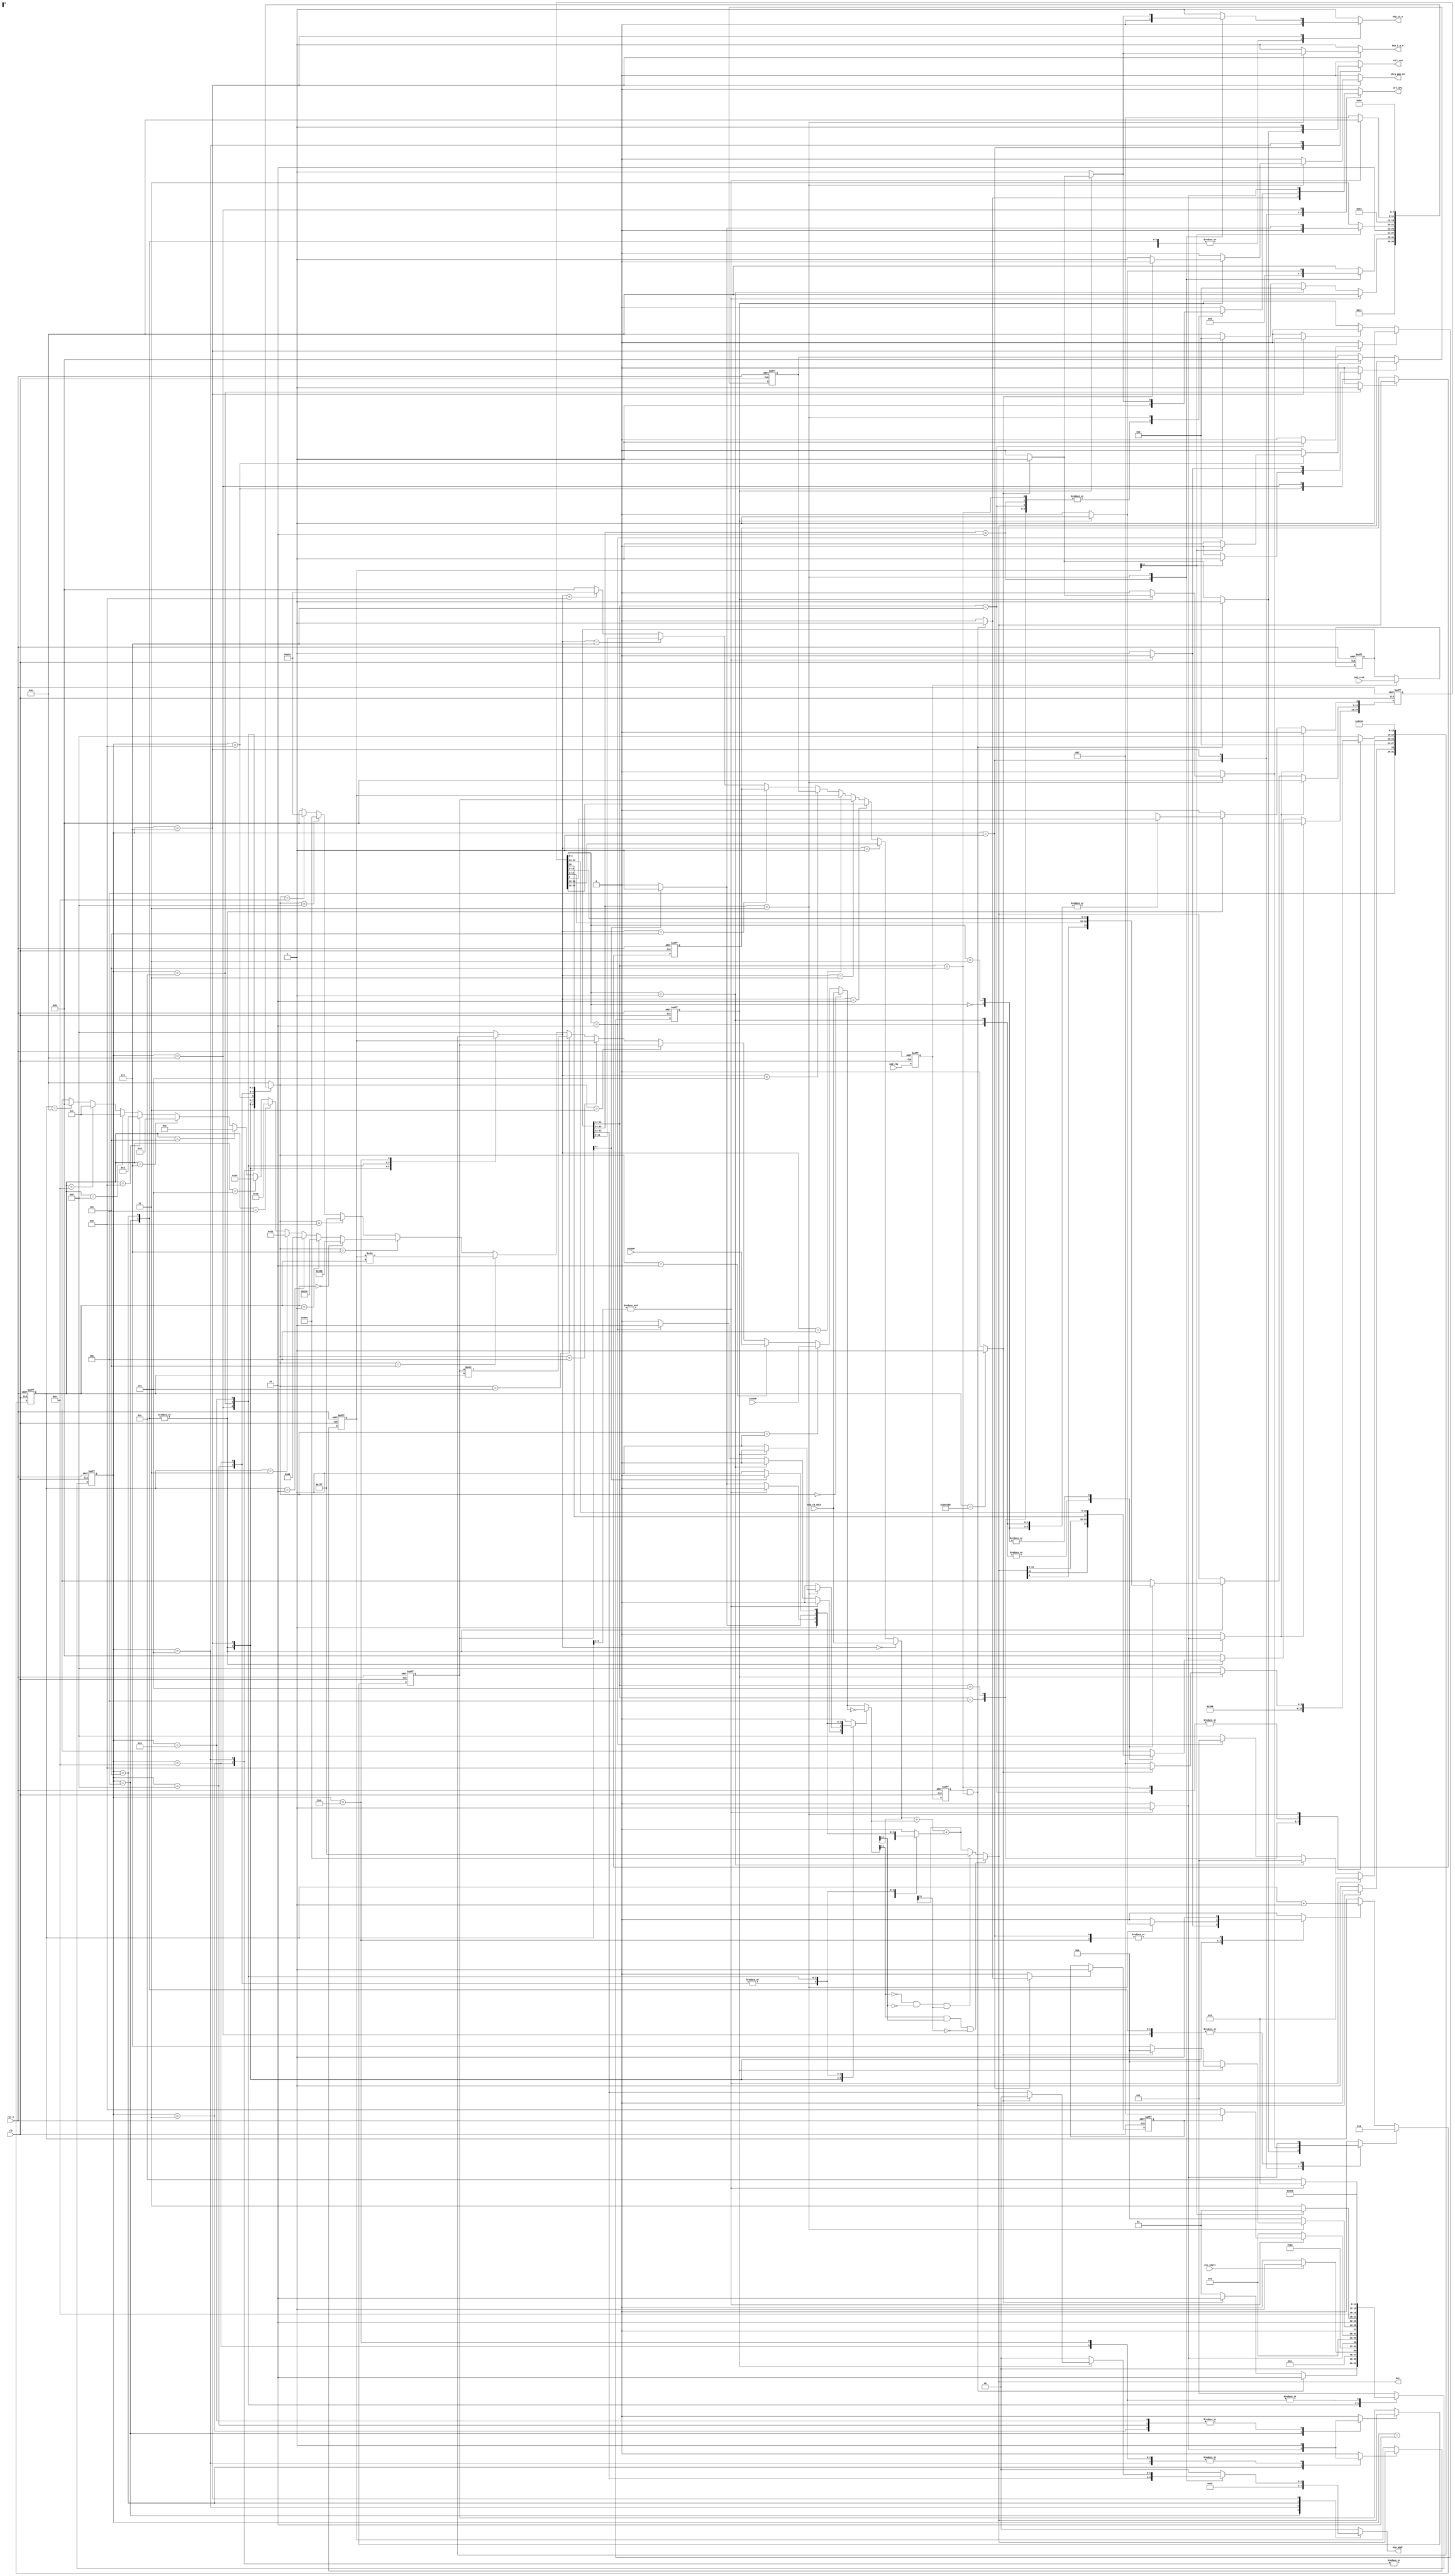
`timescale 1ns/100ps;
module dig_core(clk,rst_n,cmd_rdy,cmd_rcvd,cnv_cmplt,sinSAR,cosSAR,eep_rd_data,wrt_SPI,eep_addr,eep_cs_n,eep_r_w_n,chrg_pmp_en,strt_cnv,dst);
  
  input clk,rst_n;
  input cmd_rdy;                                     //Input from SPI to say whether command is given or not
  input [15:0] cmd_rcvd;                            // 16 bit command from SPI which is to be encoded
  input cnv_cmplt;                                 // Input from A2D digital, indication that A2D conversion is over, start correction math
  input [11:0] sinSAR,cosSAR;                     // A2D converted values from A2D digital block
  input [11:0] eep_rd_data;                      // EEPROM read data 
  
  output wrt_SPI;                              // Write Assert signal to SPI Module to write data to SPI register
  output [1:0] eep_addr;                      // EEPROM address to read and write data on address specified
  output eep_cs_n,eep_r_w_n,chrg_pmp_en;     // EEPROM chip select signal(active low),R/W signal(active low) and charge pump enable(active for 3ms)
  output strt_cnv;                          // Output to A2D block to start A2D conversion  
  output [11:0] dst;                       // 12 bit output from digital core
  
  reg [20:0] count;                                               // 21 bit counter to wait for 3ms
  wire tm_eq_3ms;                                                // signal to indicate counter hs counted 3ms
  reg clr_cnt,cnt_en;                                           // Synchronous clear signal for wait Counter    
  reg [24:0] Prod;                                             // 25 bit product register
  reg signed[11:0] sinCorr,cosCorr;                           // Corrected SIN and COS value registers 
  reg [11:0] AngleA, temp;                                   // Angle accumulator and temp registers
  reg eep_cs_n,eep_r_w_n,chrg_pmp_en;                       // EEPROM signals for read and write    
  reg [1:0] eep_addr;                                      // 2 bit EEPROM address to be read or written
  reg ld_anglea,clr_anglea ;                              // Load and clear signal for AngleA register   
  reg strt_cnv;                                          // Signals of A2D conversion 
  reg clr_p,init,cmplmnt,addone;                        // Prod register signals, complement and adddone signal 
  reg ld_cos,ld_sin,ld_temp;                           // Load signal for sinCorr, cosCorr, temp registers 
  reg wrt_SPI;                                        // write assert for SPI register  
  reg [3:0] src0_sel, src1_sel;                      // src1 and src0 select mux lines
  reg [3:0] state, nxt_state;                       // 4 bit state register
  reg inCMD,set_inCMD;                             // inCMD flop, asserted when there is an incoming command
  reg UNLOCK,set_UNLOCK,clr_UNLOCK;               //UNLOCK flop, asserted when its an UNLOCK EEPROM command
  reg cmd_rdy_ff1,cmd_rdy_ff2; 
  reg [15:0] cmd_strd;
  
  wire [1:0]  Prod_sel;                          // Last two bits of Prod register for BOOTH algorithm
  wire [11:0] src0_pos, src0, src1, dst_sat;    // Intermediate buses for ALU, saturation logic
  wire [11:0] sinCorr_shft,cosCorr_shft;       // ASR values of sinCorr and cosCorr registers (Barrel shifter values )
  wire [11:0] dst, arctantable,cmd_data;      // dst bus,arctan values look up table, cmd_data in command
  wire [3:0]  rx_cmd;  
  wire [1:0] cmd_addr;
  
   ////////////////////////
  // Constant Parameters//
 ////////////////////////
   
  parameter constant_zero = 12'h000;       // Constant zero 
  parameter constant_pos  = 12'h7FF;      // Constant 7FF loaded to Angle_accum register based on position of angle
  parameter constant_neg  = 12'h800;     // Constant 800 loaded to Angle_accum register based on position of angle
  parameter constant_SPI  = 12'hA5A;    // Constant A5A for posAck
  
  //////////////////////////////
 //Parameter values of EEPROM// 
//////////////////////////////
localparam Sinoff   = 2'b00;  
localparam Sinscale = 2'b01; 
localparam Cosoff   = 2'b10; 
localparam Cosscale = 2'b11; 

  /////////////////////////////
 //Parameterising FSM States//
/////////////////////////////
  parameter IDLE         = 4'b0000;
  parameter WAIT         = 4'b0001;
  parameter WAIT_CC      = 4'b0010;
  parameter OFFSIN       = 4'b0011;
  parameter SCALE_SIN    = 4'b0100;
  parameter OFFCOS       = 4'b0101;  
  parameter SCALE_COS    = 4'b0110;
  parameter CMD_INTR     = 4'b0111;
  parameter INITAA       = 4'b1000;
  parameter INVSIN       = 4'b1001;  
  parameter INVCOS       = 4'b1010;
  parameter CORDIC1      = 4'b1011;
  parameter CORDIC2      = 4'b1100;
  parameter CORDIC3      = 4'b1101;
  parameter CORDIC4      = 4'b1110;
  
   /////////////////////////////////////////////
  //Parameterising different Command encoding//
 ///////////////////////////////////////////// 
  parameter RD_CORR_SIN  = 4'b0100;
  parameter RD_CORR_COS  = 4'b0101;
  parameter ENTER_CM     = 4'b0110;
  parameter UNLOCK_EEP   = 4'b0111;
  parameter READ_EEP     = 4'b10xx;
  parameter WRITE_EEP    = 4'b11xx;
     
    
    /////////////////////////////////////////////////
   //Parameterising src0 and src1 mux select lines//
  /////////////////////////////////////////////////
  localparam src0_eepscale      = 4'b0000;
  localparam src0_sinSAR        = 4'b0001;
  localparam src0_cosSAR        = 4'b0010; 
  localparam src0_sinCorr       = 4'b0011;
  localparam src0_cosCorr       = 4'b0100;
  localparam src0_sinCorrshft   = 4'b0101;
  localparam src0_cosCorrshft   = 4'b0110;
  localparam src0_arctantable   = 4'b0111;
  localparam src0_const_7ff     = 4'b1000;
  localparam src0_const_800     = 4'b1001;
  localparam src0_const_A5A     = 4'b1010;
  localparam src0_const_000     = 4'b1011;
     
  localparam src1_eepoffset     = 4'b0000;
  localparam src1_Prodadd       = 4'b0001; 
  localparam src1_Multres       = 4'b0010;  
  localparam src1_sinCorr       = 4'b0011;
  localparam src1_cosCorr       = 4'b0100;
  localparam src1_anglea        = 4'b0101; 
  localparam src1_temp          = 4'b0110;
  localparam src1_cmddata       = 4'b0111;
  localparam src1_const_A5A     = 4'b1000;
  localparam src1_const_000     = 4'b1001;
   
 
  ////////////////////////////
 //Loading State register  //
////////////////////////////    
  always@(posedge clk, negedge rst_n)
  if (!rst_n)
    state <= IDLE;
  else 
    state <= nxt_state;
      
  ///////////////////////////////////////////
 // 21 bit Counter to count 3ms wait time //
/////////////////////////////////////////// 
  always@(posedge clk, negedge rst_n)
    if(!rst_n) 
      count <= 21'h000000;
    else if(clr_cnt)
      count <= 21'h000000;
    else if(cnt_en)
      count <= count + 1; 


  ////////////////////////////
 //Loading sinCorr register//
////////////////////////////
  always@(posedge clk, negedge rst_n)  
  if(!rst_n) 
    sinCorr <= 12'h000;   
  else if(ld_sin) 
    sinCorr <= dst;
    
  ////////////////////////////
 //Loading cosCorr register//
////////////////////////////
  always@(posedge clk, negedge rst_n)  
  if(!rst_n)
    cosCorr <= 12'h000;
  else if(ld_cos) 
    cosCorr <= dst;
    
  ////////////////////////////
 //Loading Product register//
////////////////////////////     
  always@(posedge clk, negedge rst_n)
    if(!rst_n)
      Prod <= 25'h0000000;
    else if(clr_p)
      Prod <= 25'h0000000;
    else if(init) begin
      Prod[24:13] <= 12'h000;
      Prod[12:1] <= dst;
      Prod[0] <= 1'b0;    
    end
    else begin
     case(Prod_sel)
      2'b00: Prod <= {Prod[24],Prod[24:1]};               // Prod_sel = 00, Prod = Prod >>>1
      2'b01: Prod <= {dst[11],dst[11:0],Prod[12:1]};      // Prod_sel = 01, Prod = (Prod[24:13] + src0[11:0]) >>> 1
      2'b10: Prod <= {dst[11],dst[11:0],Prod[12:1]};      // Prod_sel = 10, Prod = (Prod[24:13] + src0[11:0]) >>> 1
      2'b11: Prod <= {Prod[24],Prod[24:1]};               // Prod_sel = 11, Prod = Prod >>>1
     endcase
  end
  
  //////////////////////////////////////
 //Loading Angle_accumulator register//
//////////////////////////////////////
  always@(posedge clk, negedge rst_n)  
  if(!rst_n)
     AngleA <= 12'h000;
  else if(ld_anglea)
     AngleA <= dst;
  else if(clr_anglea)
     AngleA <= 12'h000;
  
  /////////////////////////
 //Loading temp register//
/////////////////////////
  always@(posedge clk, negedge rst_n)  
  if(!rst_n)
    temp <= 12'h000;
  else if(ld_temp) 
    temp <= dst; 

  //////////////////////
 //Setting inCMD flop//
//////////////////////
  always@(posedge clk, negedge rst_n)  
  if(!rst_n)
    inCMD <= 1'b0;
  else if(set_inCMD) 
    inCMD <= 1'b1;                            //To go out of command mode you to have reset the machine
  

  //////////////////////
 //Setting UNLOCK flop//
//////////////////////
  always@(posedge clk, negedge rst_n)  
  if(!rst_n)
    UNLOCK <= 1'b0;
  else if(set_UNLOCK) 
    UNLOCK <= 1'b1;
  else if(clr_UNLOCK)
    UNLOCK <= 1'b0;   
    
//Double flopping cmd_rdy signals//
always @(posedge clk, negedge rst_n)
    if (!rst_n)
      begin
        cmd_rdy_ff1 <= 1'b0;
        cmd_rdy_ff2 <= 1'b0;
      end
    else
      begin
        cmd_rdy_ff1 <= cmd_rdy;
        cmd_rdy_ff2 <= cmd_rdy_ff1; 
      end
      
//Store the command from SPI//
//always@(cmd_rdy_ff1)
//cmd_strd = cmd_rcvd;
always@(posedge clk, negedge rst_n)  
  if(!rst_n)
    cmd_strd <= 16'h0000;
  else if(cmd_rdy_ff1) 
    cmd_strd <= cmd_rcvd;
 
    
  /////////////////////////////////////       
 //Finite State Machine for Datapath// 
/////////////////////////////////////
  always@(*)
  begin
     ///////////////////    
    //Default outputs//
   ///////////////////
      clr_cnt = 1'b0;
      clr_p = 1'b0; 
      strt_cnv = 1'b0;
      ld_sin = 1'b0;
      ld_cos = 1'b0;
      init = 1'b1;      
      cmplmnt = 1'b0;
      addone = 1'b0;
      ld_anglea = 1'b0;
      clr_anglea = 1'b0;
      ld_temp = 1'b0;     
      cnt_en =1'b0;  
      set_inCMD = 1'b0;
      set_UNLOCK = 1'b0;
      clr_UNLOCK = 1'b0; 
      wrt_SPI = 1'b0;
      eep_cs_n = 1'b1;
      eep_r_w_n= 1'b1;
      chrg_pmp_en = 1'b0;
      src0_sel = src0_const_000;
      src1_sel = src1_const_000;
      eep_addr = Sinoff;
      
    case(state)
        IDLE:        begin
                       nxt_state = WAIT;
                     end
              
        WAIT:        begin
                        cnt_en = 1'b1;
                        if(cmd_rdy_ff2 && (rx_cmd==4'b0110)) begin                 //Checking for ENTER_CM mode
                            set_inCMD = 1'b1;
                            src0_sel  = src0_const_000;
                            src1_sel  = src1_const_A5A;
                            wrt_SPI   = 1'b1;
                            strt_cnv  = 1'b1;      
                            clr_cnt = 1'b1;                              
                            nxt_state = WAIT_CC;                            
                        end
                        else if(tm_eq_3ms)begin
                             strt_cnv = 1'b1;
                             nxt_state = WAIT_CC;
                             clr_cnt = 1'b1;
                        end
                        else nxt_state = WAIT; 
                      end
              
                
        WAIT_CC:   begin         
                        if(cnv_cmplt)
                          nxt_state = OFFSIN;                             
                        else 
                          nxt_state = WAIT_CC;
                     end
        
        OFFSIN:      begin
                        nxt_state = SCALE_SIN;
                        src0_sel  = src0_sinSAR; 
                        src1_sel  = src1_eepoffset;
                        eep_addr  = Sinoff;
                        eep_cs_n  = 1'b0;
                        eep_r_w_n = 1'b1;
                        ld_sin =1'b1;
                     end
         
                                        
        SCALE_SIN:   begin  
                        init = 1'b0;
                        eep_addr  = Sinscale;
                        eep_cs_n  = 1'b0;
                        eep_r_w_n = 1'b1;
                         if(~(&count[3:2])) begin
                           cnt_en = 1'b1;   
                             if(Prod_sel==2'b01) begin
                                src0_sel = src0_eepscale;
                                src1_sel = src1_Prodadd;
                                nxt_state = SCALE_SIN;
                            end
                            else if(Prod_sel==2'b10) begin
                                src0_sel = src0_eepscale;
                                src1_sel = src1_Prodadd;
                                cmplmnt = 1'b1;
                                addone = 1'b1;
                                nxt_state = SCALE_SIN;
                            end
                            else nxt_state = SCALE_SIN;
                           end
                          else begin
                                nxt_state = OFFCOS;
                                src0_sel = src0_const_000;
                                src1_sel = src1_Multres;
                                clr_cnt = 1'b1;
                                clr_p = 1'b1;     
                                ld_sin = 1'b1;               
                          end
                     end
                
        OFFCOS:      begin
                        nxt_state = SCALE_COS;
                        strt_cnv = 1'b1;
                        src0_sel = src0_cosSAR; 
                        src1_sel = src1_eepoffset;
                        eep_addr  = Cosoff;
                        eep_cs_n  = 1'b0;
                        eep_r_w_n = 1'b1;
                        ld_cos =1'b1;
                     end
        
                    
        SCALE_COS:   begin
                        init = 1'b0;
                        eep_addr  = Cosscale;
                        eep_cs_n  = 1'b0;
                        eep_r_w_n = 1'b1;
                        if(~(&count[3:2])) begin
                          cnt_en = 1'b1;   
                            if(Prod_sel==2'b01) begin
                                src0_sel = src0_eepscale;
                                src1_sel = src1_Prodadd;
                                nxt_state = SCALE_COS;
                            end
                            else if (Prod_sel==2'b10) begin
                                src0_sel = src0_eepscale;
                                src1_sel = src1_Prodadd;
                                cmplmnt = 1'b1;
                                addone = 1'b1;
                                nxt_state = SCALE_COS;
                            end
                            else nxt_state = SCALE_COS;
                            
                          end
                          else begin
                                src0_sel = src0_const_000;
                                src1_sel = src1_Multres;
                                clr_cnt = 1'b1;
                                clr_p = 1'b1;
                                ld_cos = 1'b1;
                                if(inCMD ==1'b1)
                                     nxt_state = CMD_INTR;
                                else  nxt_state = INITAA; 
                          end 
                     end              
             
                    
        CMD_INTR:    begin
                        
                        nxt_state = WAIT_CC;
                        
                        casex(rx_cmd)
                          
                          RD_CORR_SIN: begin
                                          src0_sel = src0_const_000;
                                          src1_sel = src1_sinCorr;
                                          wrt_SPI  = 1'b1;
                                        //  nxt_state = WAIT_CC;
                                       end
                                        
                          RD_CORR_COS: begin
                                          src0_sel = src0_const_000;
                                          src1_sel = src1_cosCorr;
                                          wrt_SPI  = 1'b1;
                                        //  nxt_state = WAIT_CC;
                                       end
                                       
                          ENTER_CM:   begin
                                          src0_sel = src0_const_000;
                                          src1_sel = src1_const_A5A;
                                          wrt_SPI  = 1'b1;
                                         // nxt_state = WAIT_CC;
                                      end
                                       
                          UNLOCK_EEP:  begin
                                          src0_sel = src0_const_000;
                                          src1_sel = src1_const_A5A;
                                          set_UNLOCK  = 1'b1;
                                          wrt_SPI  = 1'b1;
                                         // nxt_state = WAIT_CC;
                                       end
                                       
                          READ_EEP:   begin
                                          src0_sel = src1_eepoffset;              //eepoffset here means data from eep_rd_data bus
                                          src1_sel = src1_const_000;
                                          eep_addr = cmd_addr;
                                          eep_cs_n = 1'b0;
                                          eep_r_w_n = 1'b1;
                                          wrt_SPI  = 1'b1;
                                        //  nxt_state = WAIT_CC; 
                                      end
                                      
                          WRITE_EEP:  begin
                                        if(UNLOCK)begin
                                            cnt_en = 1'b1;
                                          if(~tm_eq_3ms)begin 
                                            eep_cs_n = 1'b0;
                                            eep_r_w_n= 1'b0;
                                            chrg_pmp_en = 1'b1;
                                            eep_addr = cmd_addr;
                                            src0_sel = src0_const_000;
                                            src1_sel = src1_cmddata;
                                            nxt_state = CMD_INTR;
                                          end
                                          else begin
                                            clr_cnt = 1'b1;
                                            clr_UNLOCK = 1'b1;
                                            src0_sel = src0_const_000;
                                            src1_sel = src1_const_A5A;
                                            wrt_SPI  = 1'b1;
                                           // nxt_state = WAIT_CC;
                                          end
                                        end                                                                                 
                                        else begin
                                            src0_sel = src0_const_A5A;
                                            src1_sel = src1_const_000;
                                            cmplmnt = 1'b1;
                                            wrt_SPI  = 1'b1;
                                           // nxt_state = WAIT_CC;
                                        end
                                      end                          
                       endcase
                      end
                      
                          
       INITAA:      begin
                       if(cosCorr[11])
                          if(sinCorr[11])begin
                               src0_sel = src0_const_800;
                               src1_sel = src1_const_000;
                               ld_anglea = 1'b1;
                               nxt_state = INVSIN; 
                          end
                          else begin
                               src0_sel = src0_const_7ff;
                               src1_sel = src1_const_000;
                               ld_anglea = 1'b1;
                               nxt_state = INVSIN; 
                          end
                        else begin
                              clr_anglea = 1'b1;
                              nxt_state = CORDIC1;
                        end
                     end
        
        INVSIN:      begin
                        nxt_state = INVCOS;
                        src0_sel = src0_sinCorr;
                        src1_sel = src1_const_000;
                        cmplmnt = 1'b1;
                        addone = 1'b1;   
                        ld_sin = 1'b1;                 
                     end
        
        INVCOS:      begin
                         nxt_state = CORDIC1;
                         src0_sel = src0_cosCorr;
                         src1_sel = src1_const_000;
                         cmplmnt = 1'b1;
                         addone = 1'b1;     
                         ld_cos = 1'b1;               
                     end
               
         CORDIC1:    begin                                              
                        if(~(&count[3:2]))begin
                           nxt_state = CORDIC2;
                           ld_anglea = 1'b1;
                           if(~sinCorr[11])begin
                               src0_sel = src0_arctantable;
                               src1_sel = src1_anglea;
                           end
                           else begin
                               src0_sel = src0_arctantable;
                               src1_sel = src1_anglea;
                               cmplmnt = 1'b1;
                               addone = 1'b1; 
                          end 
                        end
                        else begin
                              nxt_state = WAIT_CC;
                              clr_cnt = 1'b1;
                              src0_sel = src0_const_000;
                              src1_sel = src1_anglea;
                              wrt_SPI = 1'b1;                              
                        end
                     end
                  
                     
        CORDIC2:     begin
                        nxt_state= CORDIC3;
                        ld_temp = 1'b1;
                        if (~sinCorr[11])begin
                              src0_sel = src0_sinCorrshft;
                              src1_sel = src1_cosCorr;
                        end 
                        else begin
                              src0_sel = src0_sinCorrshft;
                              src1_sel = src1_cosCorr;
                              cmplmnt = 1'b1;
                              addone = 1'b1;
                        end 
                     end
                
                
        CORDIC3:     begin
                        nxt_state= CORDIC4;
                        ld_sin = 1'b1;
                        if (~sinCorr[11])begin
                              src0_sel = src0_cosCorrshft;
                              src1_sel = src1_sinCorr;
                              cmplmnt = 1'b1;
                              addone = 1'b1;
                      
                        end 
                        else begin
                              src0_sel = src0_cosCorrshft;
                              src1_sel = src1_sinCorr;
                        end 
                     end
                
        CORDIC4:     begin
                        nxt_state= CORDIC1;
                        src0_sel = src0_const_000;
                        src1_sel = src1_temp;
                        ld_cos = 1'b1;
                        cnt_en = 1'b1;
                     end 
                  
        default:     nxt_state = WAIT;
      endcase
    end 
    
 
    
  ///////////////////////////////   
 //@500MHz => 21'h16E360 = 3ms// 
///////////////////////////////
assign tm_eq_3ms = (count==21'h16E360)? 1'b1 : 1'b0;    
          
           
  ////////////////////////////////// 
 //Last two bits of Prod register//
//////////////////////////////////
assign Prod_sel = Prod[1:0];           
           
           
  //////////////////////////////
 //src0_sel Multiplexer logic//
////////////////////////////// 
 assign src0_pos =  (src0_sel==src0_eepscale)    ? eep_rd_data:
                    (src0_sel==src0_sinSAR)      ? sinSAR:
                    (src0_sel==src0_cosSAR)      ? cosSAR:
                    (src0_sel==src0_sinCorr)     ? sinCorr: 
                    (src0_sel==src0_cosCorr)     ? cosCorr: 
                    (src0_sel==src0_sinCorrshft) ? sinCorr_shft:
                    (src0_sel==src0_cosCorrshft) ? cosCorr_shft:
                    (src0_sel==src0_arctantable) ? arctantable:
                    (src0_sel==src0_const_7ff)   ? constant_pos:
                    (src0_sel==src0_const_800)   ? constant_neg:
                    (src0_sel==src0_const_A5A)   ? constant_SPI:constant_zero;
                     
  //////////////////////////////    
 //src1_sel Multiplexer logic//
//////////////////////////////
 assign src1 = (src1_sel==src1_eepoffset)      ? eep_rd_data:
               (src1_sel==src1_Prodadd)        ? Prod[24:13]:
               (src1_sel==src1_Multres)        ? Prod[23:12]: 
               (src1_sel==src1_sinCorr)        ? sinCorr: 
               (src1_sel==src1_cosCorr)        ? cosCorr: 
               (src1_sel==src1_anglea)         ? AngleA:
               (src1_sel==src1_temp)           ? temp:
               (src1_sel==src1_cmddata)        ? cmd_data:
               (src1_sel==src1_const_A5A)      ? constant_SPI:constant_zero;
                    
              
  ///////////////////////////////            
 //arctan Look up table values// 
///////////////////////////////                                                
assign arctantable = (count==4'd0) ? 12'h200: 
                     (count==4'd1) ? 12'h12E:
                     (count==4'd2) ? 12'h0A0:
                     (count==4'd3) ? 12'h051:
                     (count==4'd4) ? 12'h029: 
                     (count==4'd5) ? 12'h014:
                     (count==4'd6) ? 12'h00A: 
                     (count==4'd7) ? 12'h005:
                     (count==4'd8) ? 12'h003:
                     (count==4'd9) ? 12'h001:
                     (count==4'd10)? 12'h001:
                     (count==4'd11)? 12'h000: 12'hxxx;
                                 
              
  ///////////////////////////////         
 //Complement term generation //
///////////////////////////////   
assign src0 = (cmplmnt) ? ~(src0_pos) : src0_pos;
 
  ////////////////////////////////////////  
 // ALU operation and output on dst bus//
//////////////////////////////////////// 
assign dst_sat = src1 + src0 + addone;


  /////////////////////
 //Saturation Logic //  
/////////////////////
assign dst = (src0[11] && src1[11] && ~dst_sat[11])  ? constant_neg:
             (~src0[11] && ~src1[11] && dst_sat[11]) ? constant_pos:
             dst_sat; 
             
  /////////////////////////////////////////////////////            
 //Arithmetic Right shifted value from Barrel Shifter/ 
/////////////////////////////////////////////////////           
assign sinCorr_shft = sinCorr >>> count;
assign cosCorr_shft = cosCorr >>> count;

  //////////////////////////////////////////////////
 //Command Interpretation of SPI Master s command// 
//////////////////////////////////////////////////
assign rx_cmd     = cmd_strd[15:12];
assign cmd_data   = cmd_strd[11:0];
assign cmd_addr   = cmd_strd[13:12];
             
endmodule